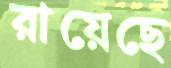
রায়েছে